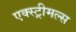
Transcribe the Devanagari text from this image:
एक्स्ट्रीमल्स